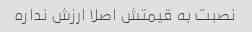
نصبت به قیمتش اصلا ارزش نداره